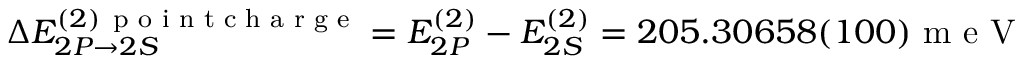
\Delta E _ { 2 P \rightarrow 2 S } ^ { ( 2 ) \, \textrm { p o i n t c h a r g e } } = E _ { 2 P } ^ { ( 2 ) } - E _ { 2 S } ^ { ( 2 ) } = 2 0 5 . 3 0 6 5 8 ( 1 0 0 ) \textrm { m e V }